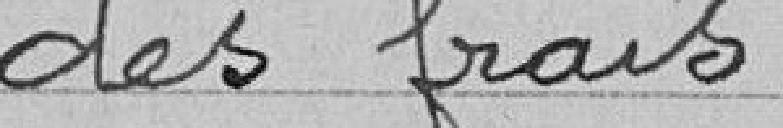
des frais